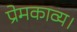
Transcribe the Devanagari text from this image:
प्रेमकाव्य।